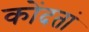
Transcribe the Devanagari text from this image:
कोंदतां